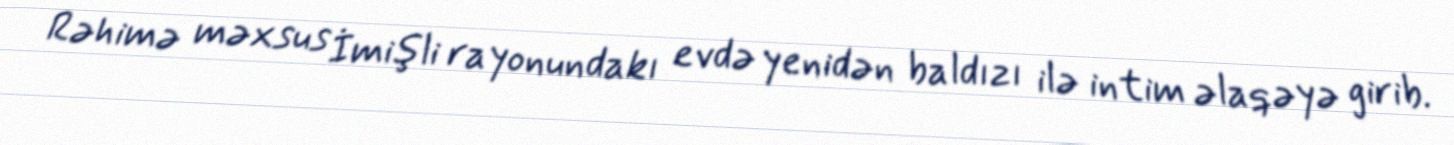
Rəhimə məxsus İmişli rayonundakı evdə yenidən baldızı ilə intim əlaqəyə girib.